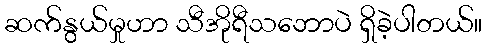
ဆက်နွယ်မှုဟာ သီအိုရီသဘောပဲ ရှိခဲ့ပါတယ်။